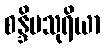
စန္ဒိမသုရိယာ